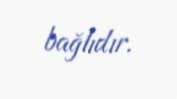
bağlıdır.